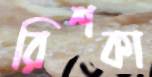
রিশকা